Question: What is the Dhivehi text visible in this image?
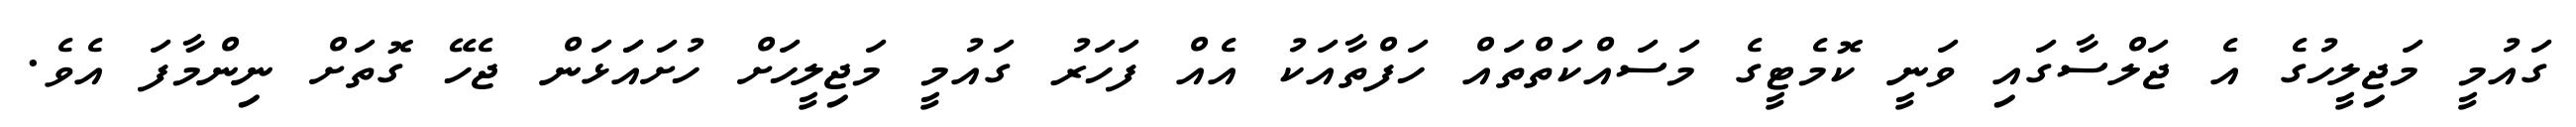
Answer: ގައުމީ މަޖިލީހުގެ އެ ޖަލްސާގައި ވަނީ ކޮމެޓީގެ މަސައްކަތްތައް ހަފްތާއަކު އެއް ފަހަރު ގައުމީ މަޖިލީހަށް ހުށައަަޅަން ޖެހޭ ގޮތަށް ނިންމާފަ އެވެ.